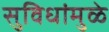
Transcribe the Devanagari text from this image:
सुविधांमुळे